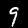
Digit: 9